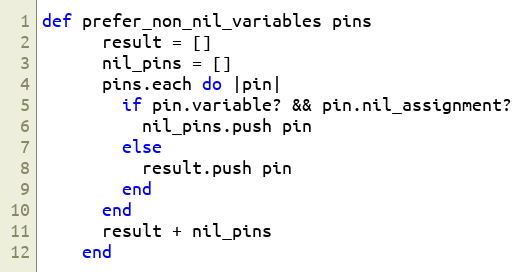
Language: Ruby
def prefer_non_nil_variables pins
      result = []
      nil_pins = []
      pins.each do |pin|
        if pin.variable? && pin.nil_assignment?
          nil_pins.push pin
        else
          result.push pin
        end
      end
      result + nil_pins
    end